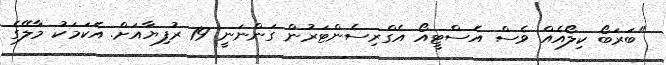
"ބަރަބޯ ކިލޯއެއް ވެސް އެސްޓީއޯ އެގްރިސެންޓަރުން ގަންނަނީ 19 ރުފިޔާއަށް. އެކަމަކު މާލޭގެ